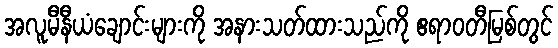
အလူမီနီယံချောင်းများကို အနားသတ်ထားသည်ကို ဧရာဝတီမြစ်တွင်